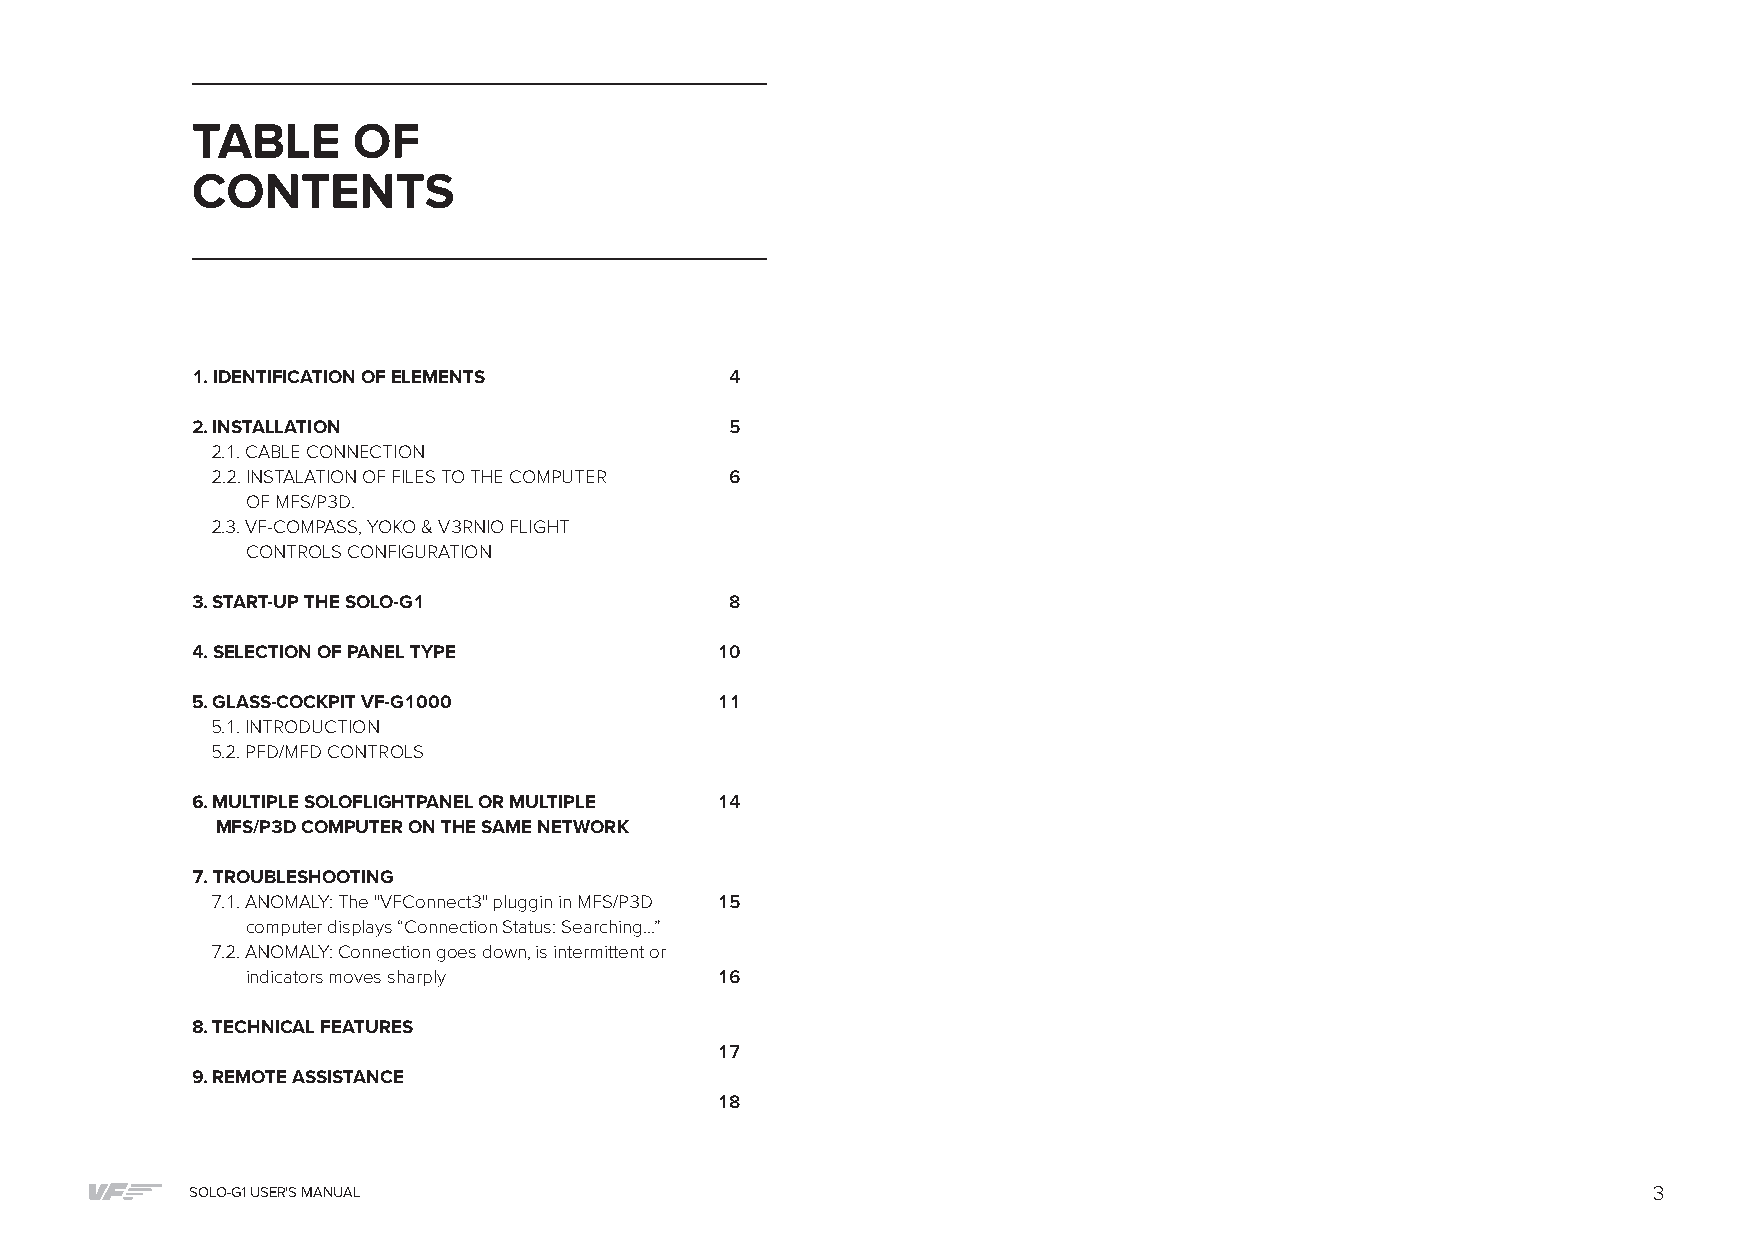
TABLE     OF
 CONTENTS
 1. IDENTIFICATION OF ELEMENTS      4
 2. INSTALLATION                    5
 2.1. CABLE CONNECTION
 2.2. INSTALATION OF FILES TO THE COMPUTER 6
 OF MFS/P3D.
 2.3. VF-COMPASS, YOKO & V3RNIO FLIGHT
 CONTROLS CONFIGURATION
 3. START-UP THE SOLO-G1            8
 4. SELECTION OF PANEL TYPE        10
 5. GLASS-COCKPIT VF-G1000         11
 5.1. INTRODUCTION
 5.2. PFD/MFD CONTROLS
 6. MULTIPLE SOLOFLIGHTPANEL OR MULTIPLE 14
 MFS/P3D COMPUTER ON THE SAME NETWORK
 7. TROUBLESHOOTING
 7.1. ANOMALY: The "VFConnect3" pluggin in MFS/P3D 15
 computer displays “Connection Status: Searching…”
 7.2. ANOMALY: Connection goes down, is intermittent or
 indicators moves sharply       16
 8. TECHNICAL FEATURES
 17
 9. REMOTE ASSISTANCE
 18
 SOLO-G1 USER'S MANUAL                                                                           3